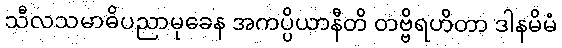
သီလသမာဓိပညာမုခေန အကပ္ပိယာနီတိ တဗ္ဗိရဟိတာ ဒါနမိမံ